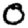
Digit: 0